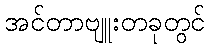
အင်တာဗျူးတခုတွင်